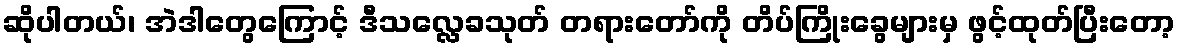
ဆိုပါတယ်၊ အဲဒါတွေကြောင့် ဒီသလ္လေခသုတ် တရားတော်ကို တိပ်ကြိုးခွေများမှ ဖွင့်ထုတ်ပြီးတော့